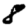
Digit: 8